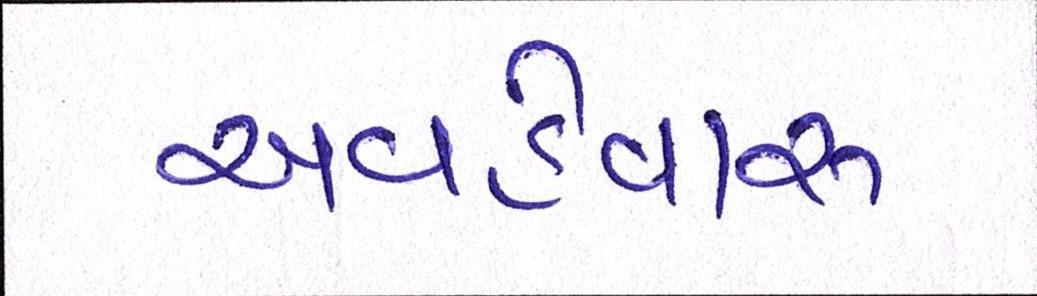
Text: અવહેવારુ